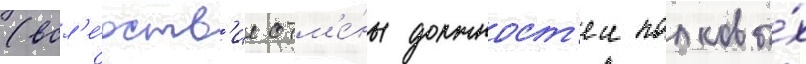
(всл'е́дств'ие отм'е́ны должност'еи полковы́х